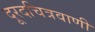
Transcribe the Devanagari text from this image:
दूरदचित्रवाणी